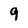
Character: 9